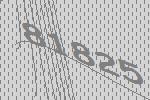
81825